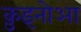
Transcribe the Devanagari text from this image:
क़ुइनोआ